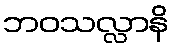
ဘဝသလ္လာနိ